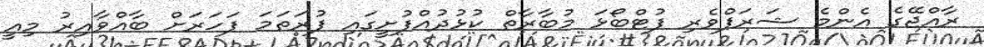
ރާއްޖޭގެ އެންމެ ޝަރަފްވެރި ފުޓްބޯޅަ މުބާރާތް ކުޅުދުއްފުށީގައި ފުރަތަމަ ފަހަރަށް ބާއްވާއިރު މިއީ